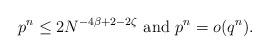
LaTeX: \begin{align*} p^{n} \leq 2N^{-4\beta+2-2\zeta} \mbox{ and } p^{n} = o(q^n).\end{align*}